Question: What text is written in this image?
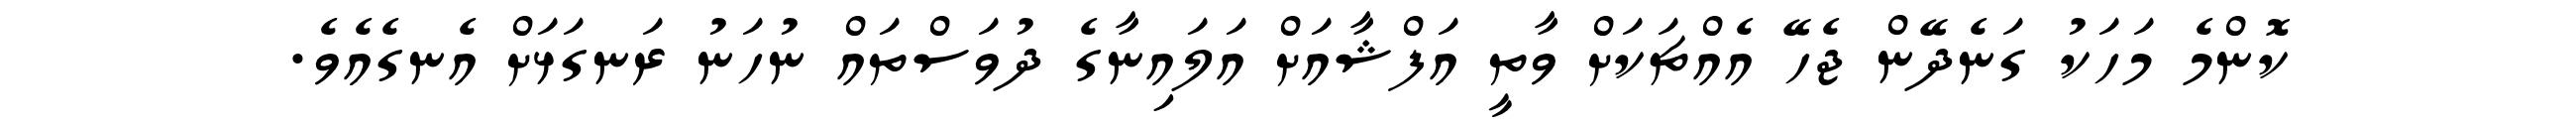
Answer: ކޮންމެ މަހަކު ގަނެދޭން ޖެހޭ އެއްޗަކަށް ވާތީ އަފްޝާއަށް އަލައިނާގެ ދުވަސްތައް ނުހަނު ރަނގަޅަށް އެނގެއެވެ.